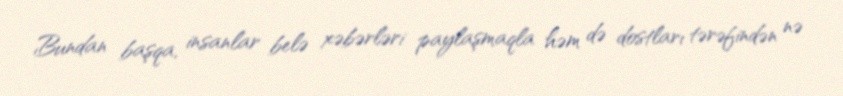
Bundan başqa, insanlar belə xəbərləri paylaşmaqla həm də dostları tərəfindən nə